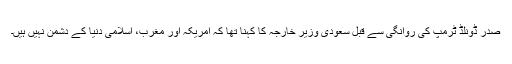
صدر ڈونلڈ ٹرمپ کی روانگی سے قبل سعودی وزیرِ خارجہ کا کہنا تھا کہ امریکہ اور مغرب، اسلامی دنیا کے دشمن نہیں ہیں۔